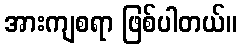
အားကျစရာ ဖြစ်ပါတယ်။